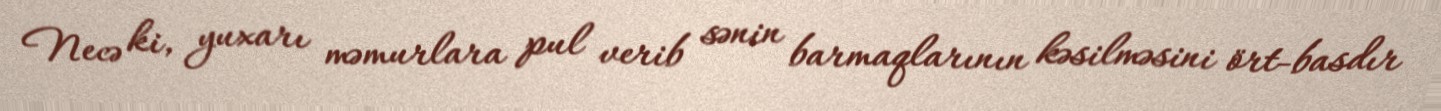
Necə ki, yuxarı məmurlara pul verib sənin barmaqlarının kəsilməsini ört-basdır